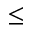
\leq